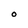
Character: O